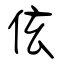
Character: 伭